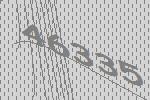
46335